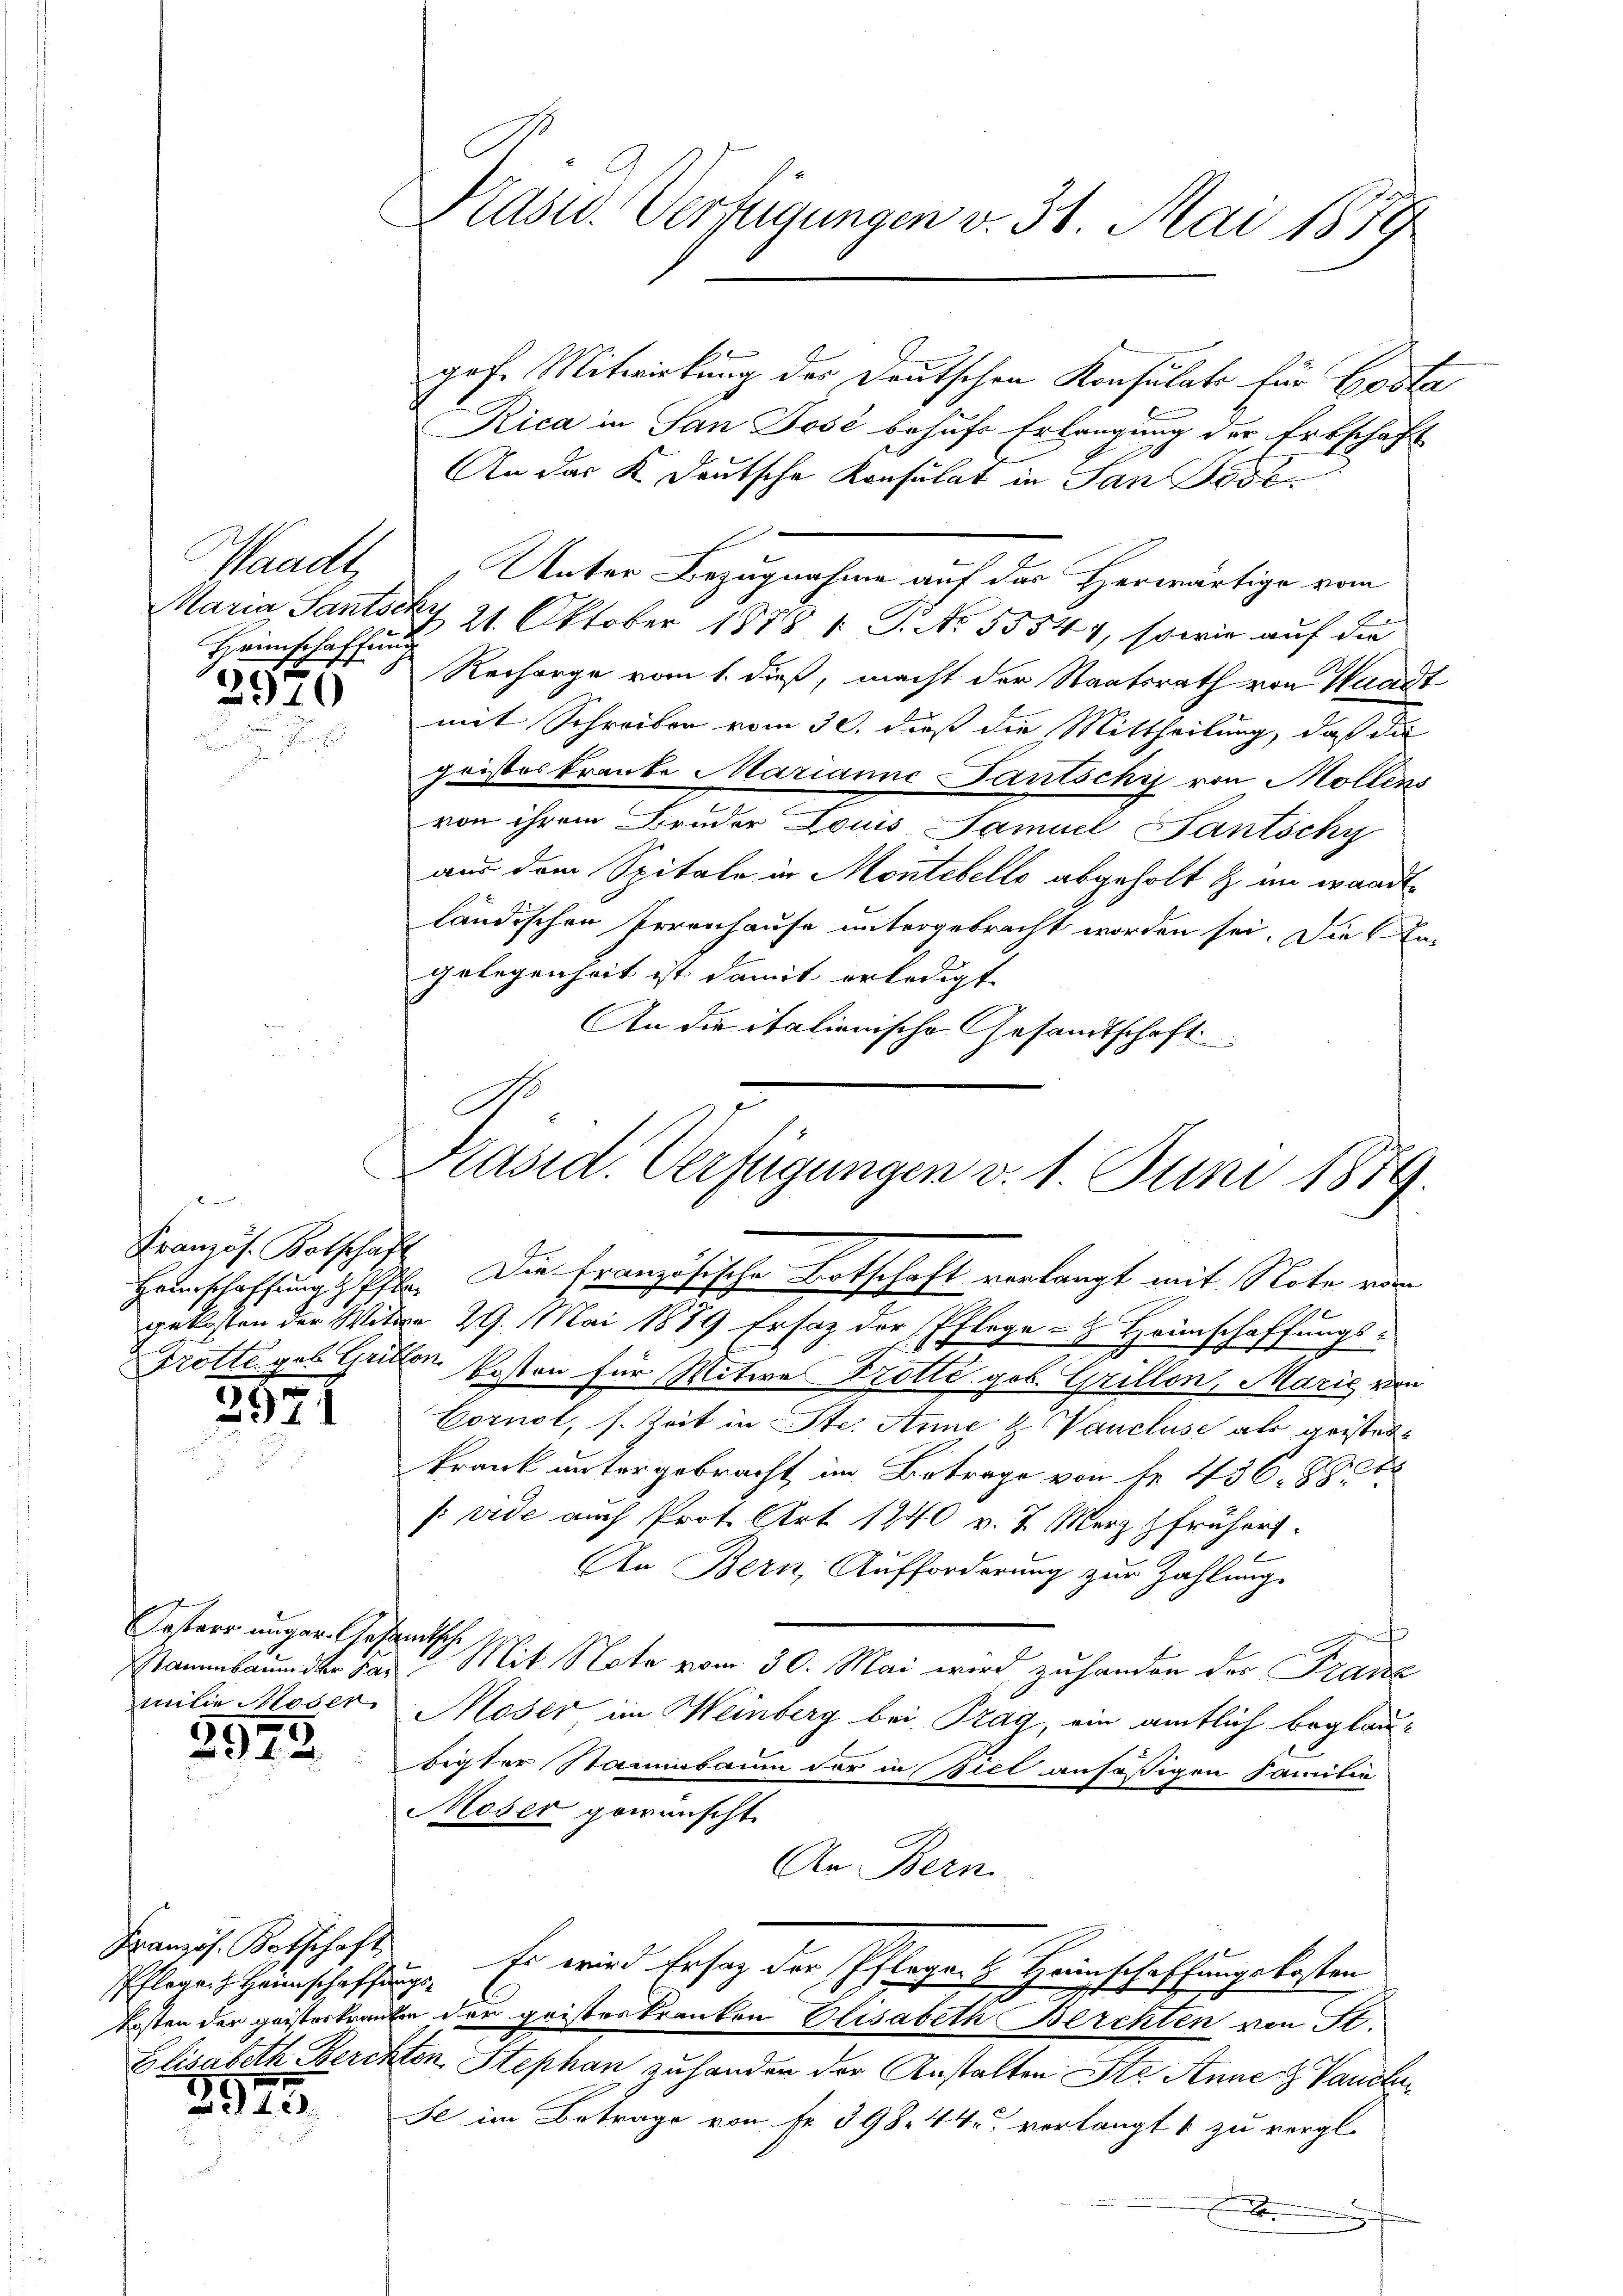
Waadt,
Heimschaffung
2570

d Bern un
Französ. Kotschaft

2971

Kastarr unger. Gesamtsche
2543.

Französ. Kotschaft

2975

Prasw. Verfügungen v. 31. Mai 1879

gof. Mitwirkung des Deutschen Konsulats für Costa
Rica in San José behufs Erlangung der Erbschaft
An das K. Deutsche Konsulat in San Jose
Unter Bezugnahme auf der Herwärtige von
Maria Santschy 21. Oktober 1878 1 P. Nr. 55544, sowie auf die
Rechange vom 1. dieß, macht der Staatsrath von Waadt
mit Schreiben vom 30. dieß die Mittheilung, daß die
gristeskranke Marianne Pantschy von Mollens
von ihrem Bruder Louis Samuel Santschy
aus dem Spitale in Montebelle abgeholt & im wandtländischen Irrenhause untergebracht worden sei. Die Cagelegenheit ist damit erledigt
An die italienische Gesandtschaft

C
Präsid. Verfügungen v. 1. Juni 1879.

Enterschaffungs Phle. Die französische Botschaft verlangt mit Note von
5
gekosten der Wittwe 29. Mai 1889 Ersatz der Pflege - Honnschaffungs-
Grotte gab Grillen. Posten für Witwe Trotte geb. Grillen, Marie von
Cornel, s. Zeit in Ste. Anne & Vanclusi als geistetkrank untergebracht im Betrage von Fr. 436. 88
[vide auch Prot. Art 1240 v. J. Merz früher.
An Bern, Aufforderung zur Zahlung.
Stammbaum der Hr. Mit Note vom 30. Mai wird zuhanden der Franz
milie Moser Moser im Weinberg bei Prag, ein amtlich beglaubigter Stammbaum der in Biel ansäßigen Familie
Moser gewünscht.
An Bern
Pflegen Heimschaffung. Es wird Erstag der Pflegen Heinschaffungskosten
kosten der geisterkranken der geisteskranken Elisabeth Berchten von St.
Elisabeth Berchton Stephan zu handen der Anstalten Ste Anne. Vandlu
Se im Betrage von Fr. 398. 44 u. verlangt & zu vergl.
x